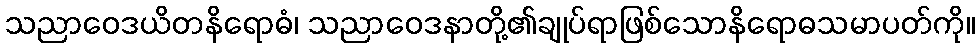
သညာဝေဒယိတနိရောဓံ၊ သညာဝေဒနာတို့၏ချုပ်ရာဖြစ်သောနိရောဓသမာပတ်ကို။